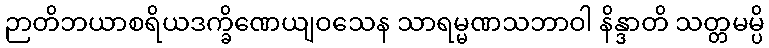
ဉာတိဘယာစရိယဒက္ခိဏေယျဝသေန သာရမ္မဏသဘာဝါ နိန္ဒာတိ သတ္တမမ္ပိ